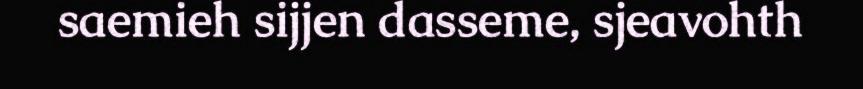
saemieh sijjen dasseme, sjeavohth